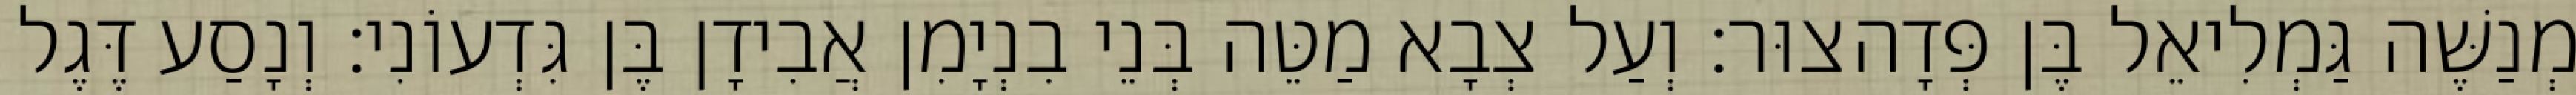
מְנַשֶּׁה גַּמְלִיאֵל בֶּן פְּדָהצוּר׃ וְעַל צְבָא מַטֵּה בְּנֵי בִנְיָמִן אֲבִידָן בֶּן גִּדְעוֹנִי׃ וְנָסַע דֶּגֶל